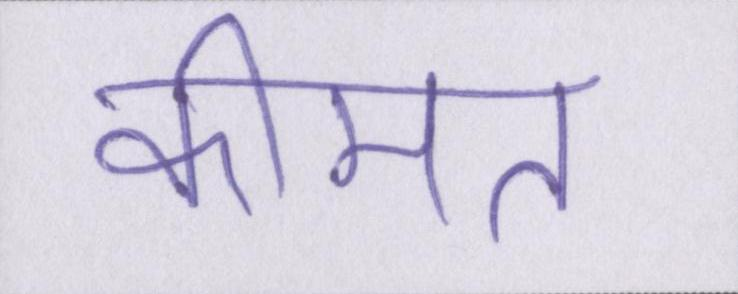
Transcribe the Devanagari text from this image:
कीमत